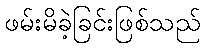
ဖမ်းမိခဲ့ခြင်းဖြစ်သည်